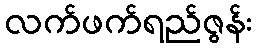
လက်ဖက်ရည်ဇွန်း